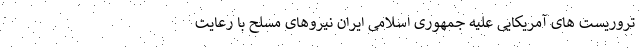
تروریست های آمریکایی علیه جمهوری اسلامی ایران نیروهای مسلح با رعایت